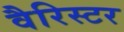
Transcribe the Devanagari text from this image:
वैरिस्टर